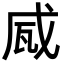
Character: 𤬹